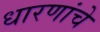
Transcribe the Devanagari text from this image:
धारणांचे